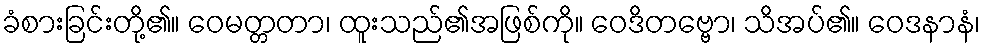
ခံစားခြင်းတို့၏။ ဝေမတ္တတာ၊ ထူးသည်၏အဖြစ်ကို။ ဝေဒိတဗ္ဗော၊ သိအပ်၏။ ဝေဒနာနံ၊